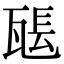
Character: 𤭖